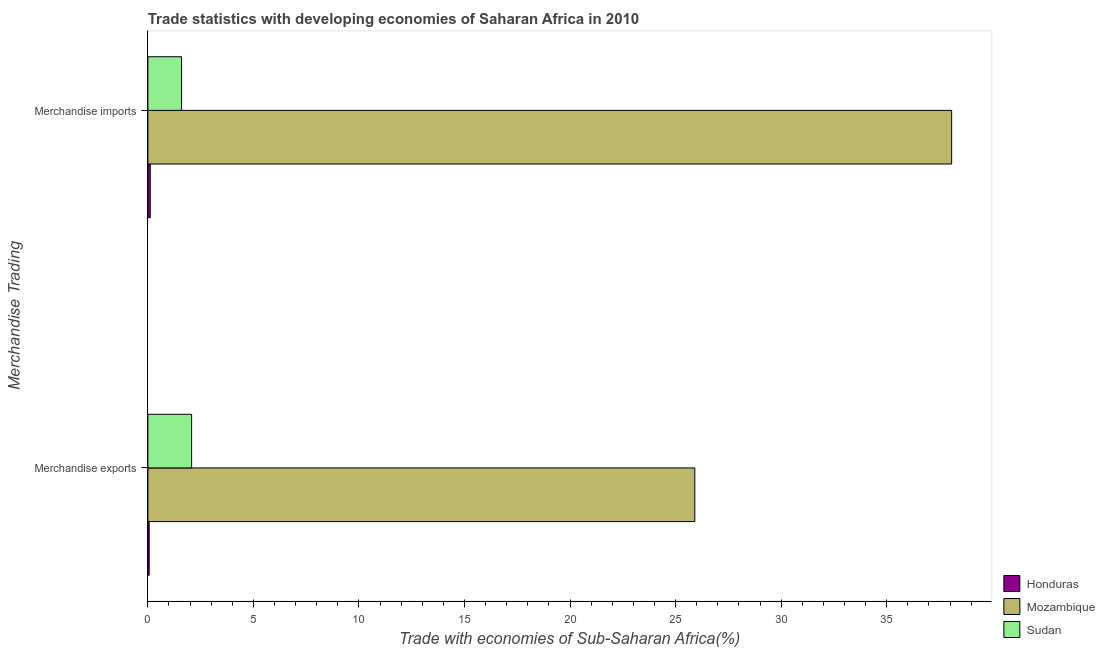
| Merchandise Trading | Honduras | Mozambique | Sudan |
 | --- | --- | --- | --- |
 | Merchandise exports | 0.0621 | 25.9 | 2.07 |
 | Merchandise imports | 0.113 | 38.1 | 1.6 |